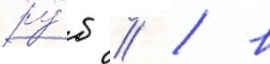
ру́б // / в